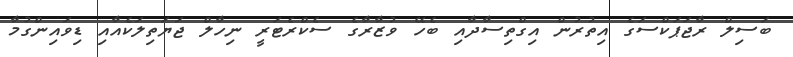
ބަސިލް ރާޖަޕަކްސަގެ އިތުރުން އިގްތިސާދާއި ބެހޭ ވުޒާރާގެ ސެކްރެޓަރީ ނިހާލް ޖަޔަތިލަކެއާއި ޑިވައިންގުމާ